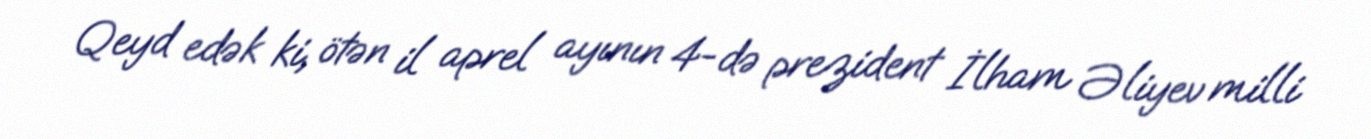
Qeyd edək ki, ötən il aprel ayının 4-də prezident İlham Əliyev milli